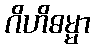
ဂိဟိဓမ္မာ